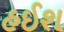
હઈશ